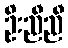
ဦးညီညီ